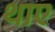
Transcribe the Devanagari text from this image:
थाए